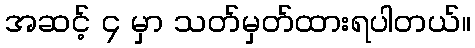
အဆင့် ၄ မှာ သတ်မှတ်ထားရပါတယ်။